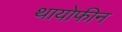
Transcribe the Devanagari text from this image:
थायोफीन